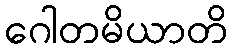
ဂေါတမိယာတိ